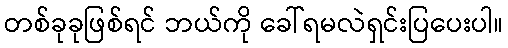
တစ်ခုခုဖြစ်ရင် ဘယ်ကို ခေါ်ရမလဲရှင်းပြပေးပါ။